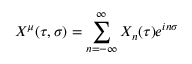
X ^ { \mu } ( \tau , \sigma ) = \sum _ { n = - \infty } ^ { \infty } X _ { n } ( \tau ) e ^ { i n \sigma }